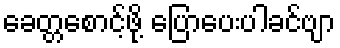
ခေတ္တစောင့်ဖို့ ပြောပေးပါခင်ဗျာ